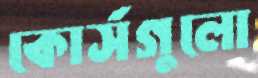
কোর্সগুলো